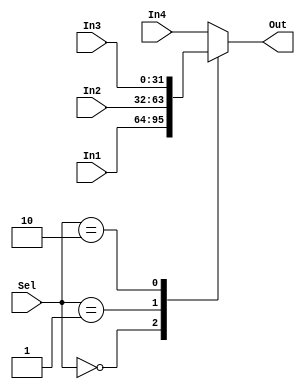
// Multiplexor from Computer Architecture MIPS Edition
module multiplexor(In1, In2, In3, In4, Sel, Out);
   input [31:0] In1, In2, In3, In4; //four 32 bit inputs
   input [1:0] Sel; //selector signal
   output reg[31:0] Out; //32-bit output
   always @(In1,In2,In3,In4,Sel)
   case(Sel) // a 4->1 multiplexor
     0: Out <= In1;
     1: Out <= In2;
     2: Out <= In3;
     default: Out <= In4;
    endcase;
endmodule